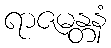
ရာဇမန္တနံ